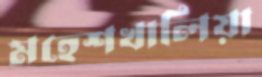
মহেশখালিয়া